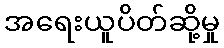
အရေးယူပိတ်ဆို့မှု